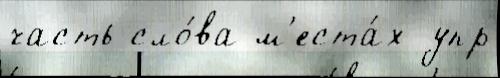
часть сло́ва м'еста́х упр